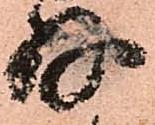
存